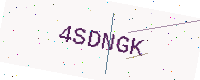
Text: 4SDNGK